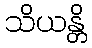
သိယန္တိ